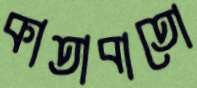
কাতাবাতো